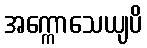
အက္ကောသေယျပိ